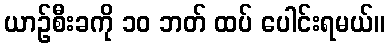
ယာဉ်စီးခကို ၁၀ ဘတ် ထပ် ပေါင်းရမယ်။